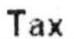
TAX